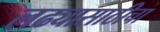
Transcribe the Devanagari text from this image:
लढ्यासाठीचा